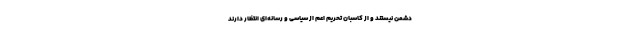
دشمن نیستند و از کاسبان تحریم اعم از سیاسی و رسانه‌ای انتظار دارند